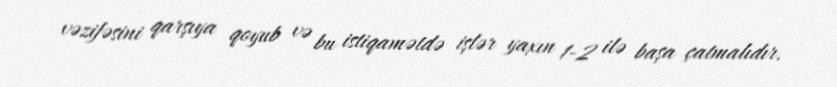
vəzifəsini qarşıya qoyub və bu istiqamətdə işlər yaxın 1-2 ilə başa çatmalıdır.